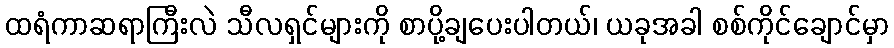
ထရံကာဆရာကြီးလဲ သီလရှင်များကို စာပို့ချပေးပါတယ်၊ ယခုအခါ စစ်ကိုင်ချောင်မှာ